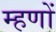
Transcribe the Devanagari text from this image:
म्हणों